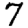
Digit: 7